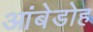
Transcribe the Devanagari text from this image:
आंबेडोह